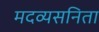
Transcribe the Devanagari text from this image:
मदव्यसनिता